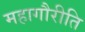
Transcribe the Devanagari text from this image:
महागौरीति